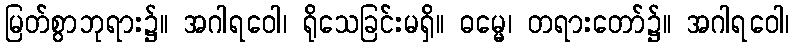
မြတ်စွာဘုရား၌။ အဂါရဝေါ၊ ရိုသေခြင်းမရှိ။ ဓမ္မေ၊ တရားတော်၌။ အဂါရဝေါ၊